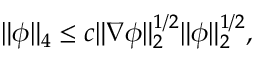
\| \phi \| _ { 4 } \leq c \| \nabla \phi \| _ { 2 } ^ { 1 / 2 } \| \phi \| _ { 2 } ^ { 1 / 2 } ,